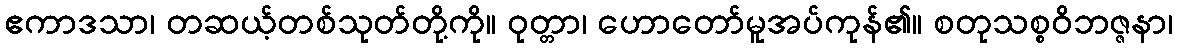
ဧကာဒသာ၊ တဆယ့်တစ်သုတ်တို့ကို။ ဝုတ္တာ၊ ဟောတော်မူအပ်ကုန်၏။ စတုသစ္စဝိဘဇ္ဇနာ၊